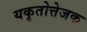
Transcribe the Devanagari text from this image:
यकृतोत्तेजक